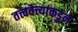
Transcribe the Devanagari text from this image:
तत्त्ववेत्त्यांकडून